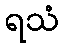
ရသံ